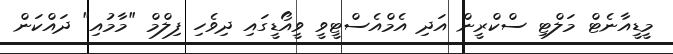
މީޑީއާނެޓް މަލްޓި ސްކްރީން އަދި އެމްއެސްޓީވީ ވީއޯޑީގައި ދިވެހި ފިލްމް "މާމުއި" ދައްކަން